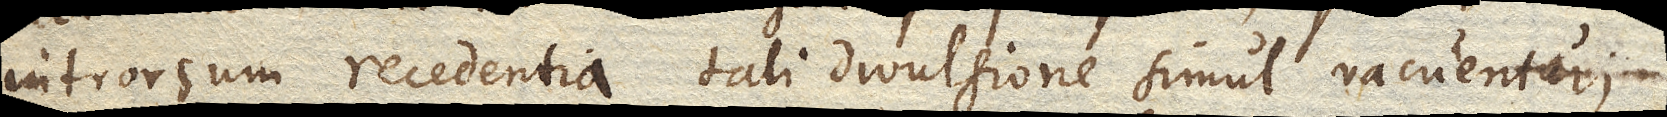
introrsum recedentia tali divulsione simul vacuentur;